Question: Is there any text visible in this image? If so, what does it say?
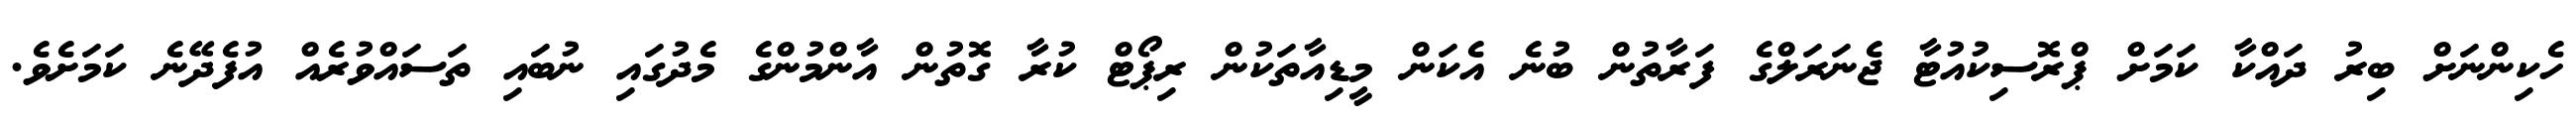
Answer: ހެކިންނަށް ބިރު ދައްކާ ކަމަށް ޕްރޮސިކުއުޓާ ޖެނަރަލްގެ ފަރާތުން ބުނެ އެކަން މީޑިއާތަކުން ރިޕޯޓް ކުރާ ގޮތުން އާންމުންގެ މެދުގައި ނުބައި ތަސައްވުރެއް އުފެދޭނެ ކަމަށެވެ.